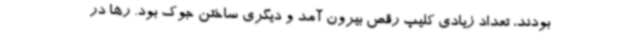
بودند، تعداد زیادی کلیپ رقص بیرون آمد و دیگری ساختن جوک بود. رها در